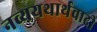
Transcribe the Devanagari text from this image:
नव्ययथार्थवादी